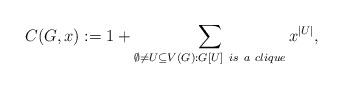
LaTeX: \begin{align*}C(G,x):= 1 + \sum_{\emptyset \neq U \subseteq V(G):G[U]~is~a~clique}x^{\vert U\vert}, \end{align*}